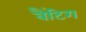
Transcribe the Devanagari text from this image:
बैंटिग